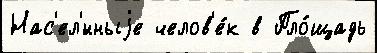
Нас'ел'́нныjе челов'е́к в Пло́щадь